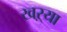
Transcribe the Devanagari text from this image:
खऱ्या